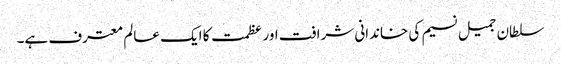
سلطان جمیل نسیم کی خاندانی شرافت اور عظمت کا ایک عالم معترف ہے۔